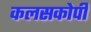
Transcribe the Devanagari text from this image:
कलसकोपी